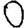
Digit: 0